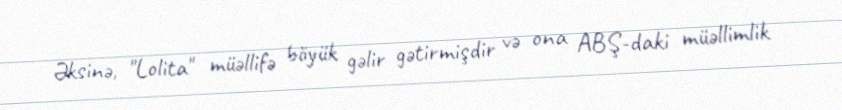
Əksinə, "Lolita" müəllifə böyük gəlir gətirmişdir və ona ABŞ-daki müəllimlik